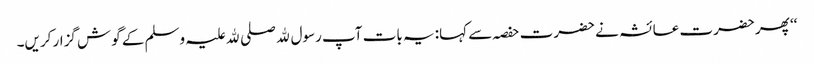
‘‘ پھر حضرت عائشہ نے حضرت حفصہ سے کہا: یہ بات آپ رسول ﷲ صلی ﷲ علیہ وسلم کے گوش گزار کریں۔